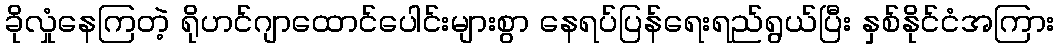
ခိုလှုံနေကြတဲ့ ရိုဟင်ဂျာထောင်ပေါင်းများစွာ နေရပ်ပြန်ရေးရည်ရွယ်ပြီး နှစ်နိုင်ငံအကြား